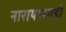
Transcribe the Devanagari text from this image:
नारायणगडी